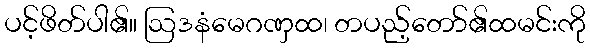
ပင့်ဖိတ်ပါ၏။ ဩဒနံမေဂဏှထ၊ တပည့်တော်၏ထမင်းကို